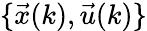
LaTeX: \{ \vec{x}(k),\vec{u}(k)\}